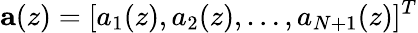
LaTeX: \mathbf{a}(z)=[a_{1}(z),a_{2}(z),\ldots,a_{N+1}(z)]^{T}